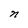
Character: n